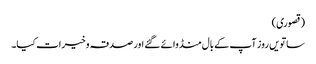
(قصوری)
ساتویں روز آپ کے بال منڈوائے گئے اور صدقہ وخیرات کیا۔